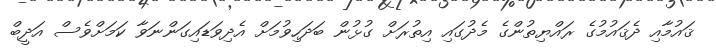
ޤައުމާއި ދެޤައުމުގެ ރައްޔިތުންގެ މެދުގައި އިތުރަށް ގުޅުން ބަދަހިވުމަށް އެދިވަޑައިގަންނަވާ ކަމަށްވެސް އަދީބް